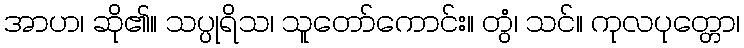
အာဟ၊ ဆို၏။ သပ္ပုရိသ၊ သူတော်ကောင်း။ တွံ၊ သင်။ ကုလပုတ္တော၊